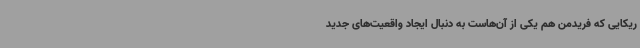
ریکایی که فریدمن هم یکی از آن‌هاست به دنبال ایجاد واقعیت‌های جدید